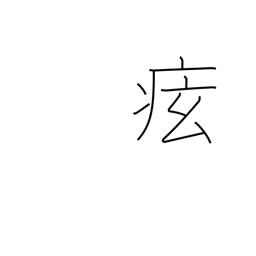
Meaning: cramps